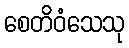
စေတိဝံသေသု